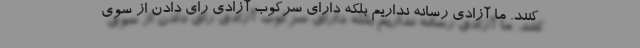
کنند. ما آزادی رسانه نداریم بلکه دارای سرکوب آزادی رای‌ دادن از سوی